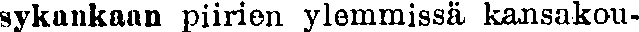
sykankaan piirien ylemmissä kansakou-